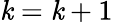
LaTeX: \mathit{k}=\mathit{k}+1